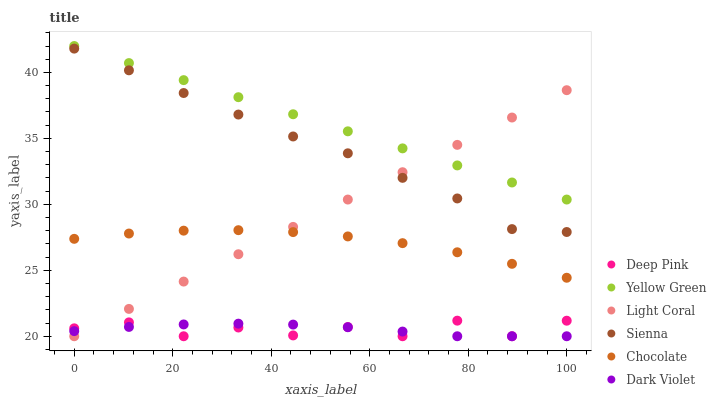
| xaxis_label | Deep Pink | Yellow Green | Light Coral | Sienna | Chocolate | Dark Violet |
 | --- | --- | --- | --- | --- | --- | --- |
 | 0 | 20.6 | 42 | 20 | 41.8 | 27.4 | 20.4 |
 | 11.1 | 21.1 | 40.7 | 22.1 | 40.2 | 27.8 | 20.7 |
 | 22.2 | 20 | 39.4 | 24.1 | 38.4 | 28 | 20.9 |
 | 33.3 | 20.7 | 38.1 | 26.2 | 36.8 | 28 | 21 |
 | 44.4 | 20.1 | 36.8 | 28.3 | 35.1 | 27.9 | 20.9 |
 | 55.6 | 20.7 | 35.5 | 30.4 | 33.9 | 27.6 | 20.7 |
 | 66.7 | 20 | 34.2 | 32.4 | 32 | 27.1 | 20.4 |
 | 77.8 | 21.2 | 32.9 | 34.5 | 30.4 | 26.4 | 20 |
 | 88.9 | 20 | 31.7 | 36.6 | 28.1 | 25.5 | 20 |
 | 100 | 21.2 | 30.4 | 38.7 | 27.9 | 24.4 | 20 |